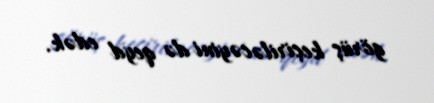
görüş keçiriləcəyini də qeyd edək.